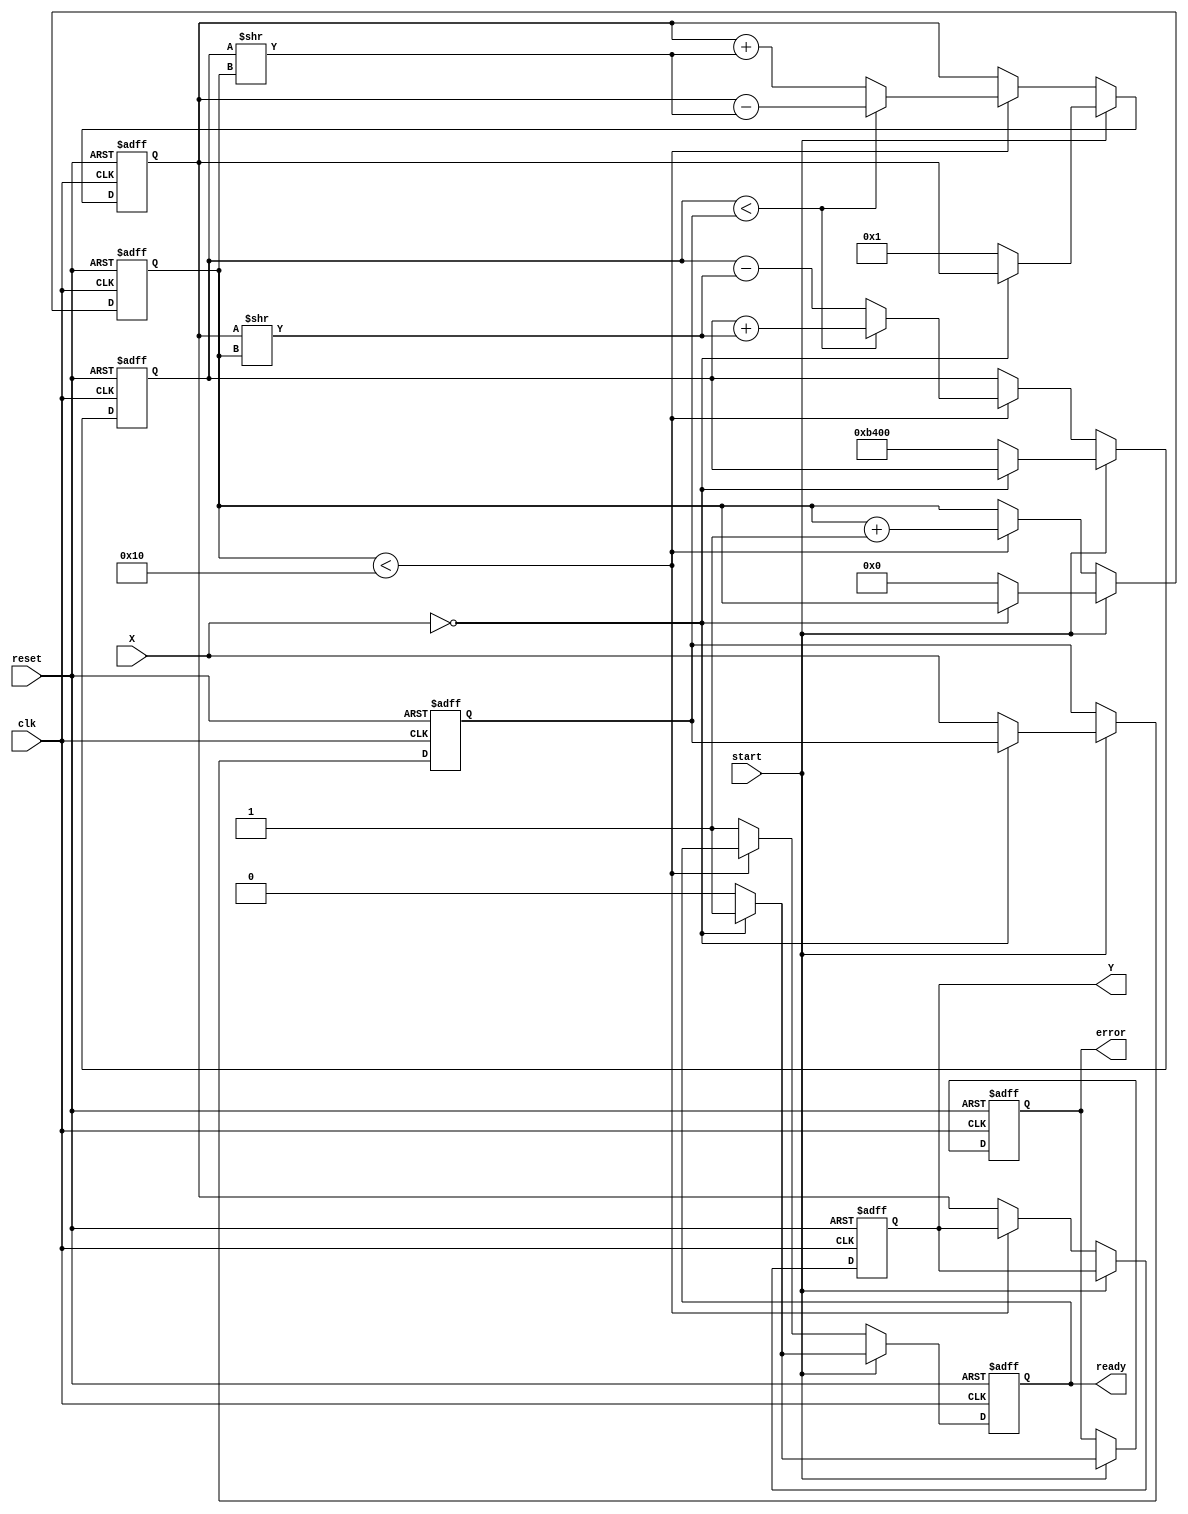
module cordic_reciprocal (
    input wire clk,
    input wire reset,
    input wire start,
    input wire [15:0] X, // Fixed-point input value (normalized)
    output reg [15:0] Y, // Fixed-point reciprocal result
    output reg ready,     // Ready signal
    output reg error      // Error signal
);

    // CORDIC parameters
    parameter NUM_ITERATIONS = 16; // Number of iterations for CORDIC
    parameter K = 16'hB400; // Scaling factor for CORDIC (approx. 0.607)

    // Internal registers
    reg [15:0] z [0:NUM_ITERATIONS-1]; // Angle table (arctan values)
    reg [15:0] x_curr, y_curr; // Current x and y values
    reg [3:0] iter; // Iteration counter
    reg [15:0] temp; // Temporary variable for calculations
    reg [15:0] approx; // Initial approximation

    // Initialization of angle table
    initial begin
        z[0] = 16'h3FFF; // arctan(1)
        z[1] = 16'h1FF9; // arctan(0.5)
        z[2] = 16'h0FFC; // arctan(0.25)
        z[3] = 16'h07F8; // arctan(0.125)
        // Fill in the rest of the arctan values as needed
        // ...
    end

    // State machine for CORDIC operation
    always @(posedge clk or posedge reset) begin
        if (reset) begin
            Y <= 16'b0;
            ready <= 1'b0;
            error <= 1'b0;
            iter <= 4'b0;
            x_curr <= 16'b0;
            y_curr <= 16'b0;
            approx <= 16'b0;
        end else if (start) begin
            // Check for division by zero
            if (X == 16'b0) begin
                error <= 1'b1;
                ready <= 1'b1;
            end else begin
                error <= 1'b0;
                ready <= 1'b0;
                // Initialize current values
                x_curr <= K; // Initial guess for reciprocal
                y_curr <= 16'b1; // y starts at 1
                approx <= X; // Store input value
                iter <= 4'b0; // Reset iteration counter
            end
        end else if (iter < NUM_ITERATIONS) begin
            // CORDIC iteration
            if (x_curr < approx) begin
                // Rotate clockwise
                temp = x_curr + (y_curr >> iter);
                y_curr = y_curr - (x_curr >> iter);
                x_curr = temp;
            end else begin
                // Rotate counterclockwise
                temp = x_curr - (y_curr >> iter);
                y_curr = y_curr + (x_curr >> iter);
                x_curr = temp;
            end
            iter <= iter + 1;
        end else begin
            // Final result
            Y <= y_curr; // The reciprocal result
            ready <= 1'b1; // Indicate that the result is ready
        end
    end
endmodule